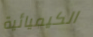
الكيميائية